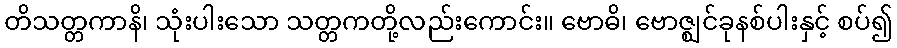
တိသတ္တကာနိ၊ သုံးပါးသော သတ္တကတို့လည်းကောင်း။ ဗောဓိ၊ ဗောဇ္ဈင်ခုနစ်ပါးနှင့် စပ်၍